Statistics compiled by the Government of India from the reports of provincial Civil Veterinary Departments
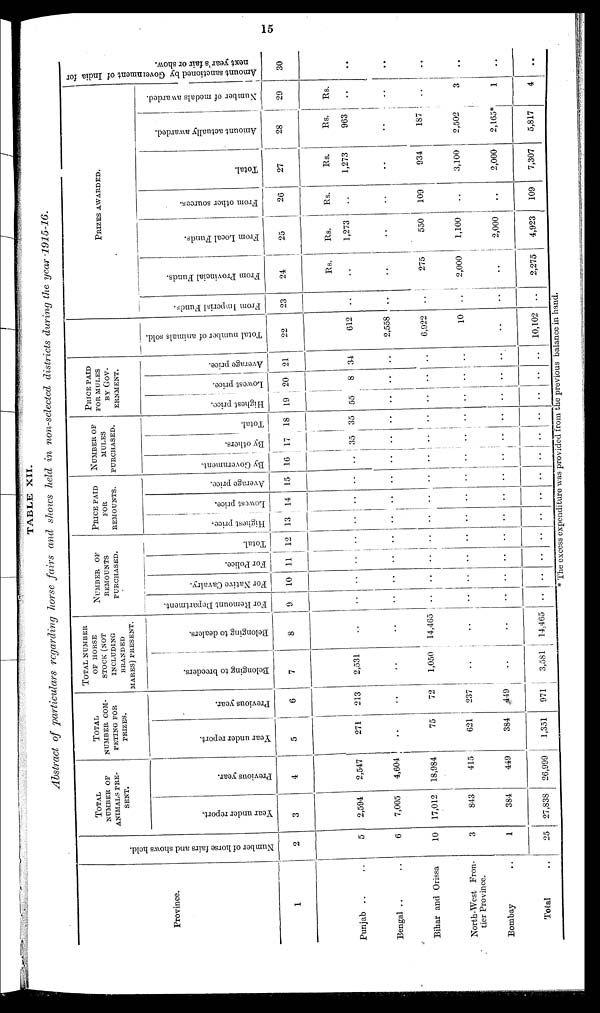
15
TABLE XII.
Abstract of particulars
regarding horse fairs and shows held in non-selected districts during the year
1915-16.
Province.
1
Punjab .. ..
Bengal .. ..
Bihar and Orissa
North-West Fron-
tier Province.
Bombay ..
Total ..
Nu mb e r of hor se fai rs and shows held.
2
5
6
10
3
1
25
TOTAL
NUMBER OF
ANIMALS PRE-
SENT.
Year under report.
3
2,594
7,005
17,012
843
384
27,838
Previous year.
4
2,547
4,604
18,984
415
449
26,999
TOTAL
NUMBER COM-
PETING FOR.
PRIZES.
Year under report.
5
271
..
75
621
384
1,351
Previous year.
6
213
..
72
237
449
971
TOTAL NUMBER
OF HORSE
STOCK (NOT
INCLUDING
BRANDED
MARES) PRESENT.
Belonging to breeders.
7
2,531
..
1,050
..
..
3,581
Belonging to dealers.
8
..
..
14,465
..
..
14,465
NUMBER OF
REMOUNTS
PURCHASED.
For Remount Department.
9
..
..
..
..
..
..
For Native Cavalry.
10
..
..
..
..
..
..
For Police.
11
..
..
..
..
..
..
Total.
12
..
..
..
..
..
..
PRICE PAID
FOR
REMOUNTS.
Highest price.
13
..
..
..
..
..
..
Lowest price.
14
..
..
..
..
..
..
Average price.
15
..
..
..
..
..
..
NUMBER OF
MULES
PURCHASED.
By Government.
16
..
..
..
..
..
..
By others.
17
35
..
..
..
..
..
Total.
18
35
..
..
..
..
..
PRICE PAID
FOR MULES
BY Gov-
ERNMENT.
Highest price.
19
55
..
..
..
..
..
Lowest price.
20
8
..
..
..
..
..
Average price.
21
34
..
..
..
..
..
Total number of animals sold.
22
612
2,558
6,922
10
..
10,102
PRIZES AWARDED.
From Imperial Funds.
23
..
..
..
..
..
From Provincial Funds.
24
Rs.
..
..
275
2,000
..
2,275
From Local Funds.
25
Rs.
1,273
..
550
1,100
2,000
4,923
From other sources.
26
Rs.
..
..
109
..
..
109
Total.
27
Rs.
1,273
..
934
3,100
2,000
7,307
Amount actually awarded.
28
Rs.
963
..
187
2,502
2,165*
5,817
Number of medals awarded.
29
Rs.
..
..
..
3
1
4
Amount sanctioned by Government of India for
next year's fair or show.
30
..
..
..
..
..
..
* The excess expenditure was provided from the previous balance in hand.